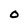
Character: 0